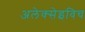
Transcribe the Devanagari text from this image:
अलेक्सेइविच